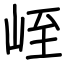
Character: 峌